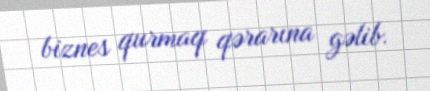
biznes qurmaq qərarına gəlib.